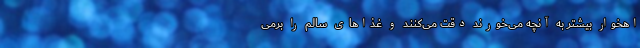
اهخوار بیشتر به آنچه می‌خورند دقت می‌کنند و غذا‌های سالم را برمی‌